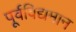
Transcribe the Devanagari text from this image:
पूर्वविद्यमान